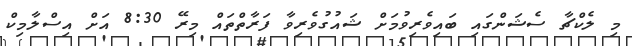
މި ލެކްޗާ ސެޝަންގައި ބައިވެރިވުމަށް ޝައުގުވެރިވާ ފަރާތްތައް މިރޭ 8:30 އަށް އިސްލާމިކް